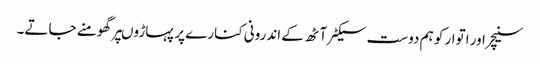
سنیچر اور اتوار کو ہم دوست سیکٹر آٹھ کے اندرونی کنارے پر پہاڑوںپر گھومنے جاتے۔